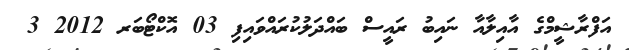
އަފްރާޝީމްގެ އާއިލާއާ ނައިބު ރައީސް ބައްދަލުކުރައްވައިފި 03 އޮކްޓޯބަރ 2012 3